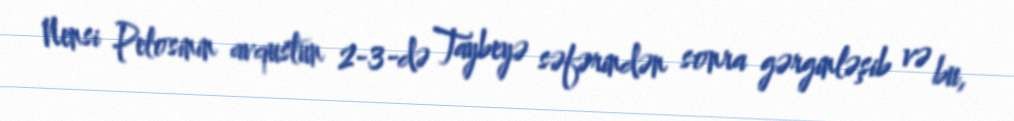
Nensi Pelosinin avqustun 2-3-də Taybeyə səfərindən sonra gərginləşib və bu,